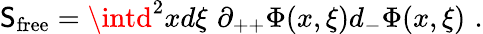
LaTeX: \mathsf{S}_{\mathrm{{free}}}=\intd^{2}xd\xi\, \, \partial_{++}\Phi(x,\xi)d_{-}\Phi(x,\xi)\, \, .